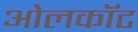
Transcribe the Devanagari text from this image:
ओलकॉट